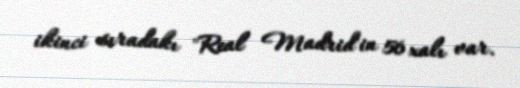
ikinci sıradakı "Real Madrid"in 56 xalı var.